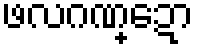
ဖလဂဏ္ဍော